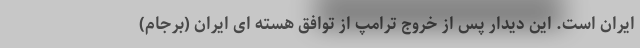
ایران است. این دیدار پس از خروج ترامپ از توافق هسته ای ایران (برجام)